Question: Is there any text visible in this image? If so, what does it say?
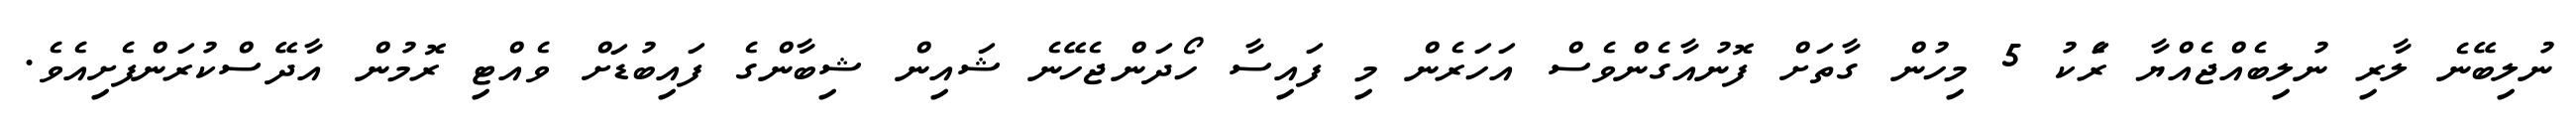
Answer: ނުލިބޭނެ ލާރި ނުލިބެއްޖެއްޔާ ރެަކު 5 މިހުން ގާތަށް ފޮނުއާގެންވެސް އަހަރެން މި ފައިސާ ހޯދަންޖެހޭނެ ޝައިން ޝިބާންގެ ފައިބުޑަށް ވެއްޓި ރޮމުން އާދޭސްކުރަންފެށިއެވެ.